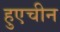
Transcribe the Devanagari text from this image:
हुएचीन